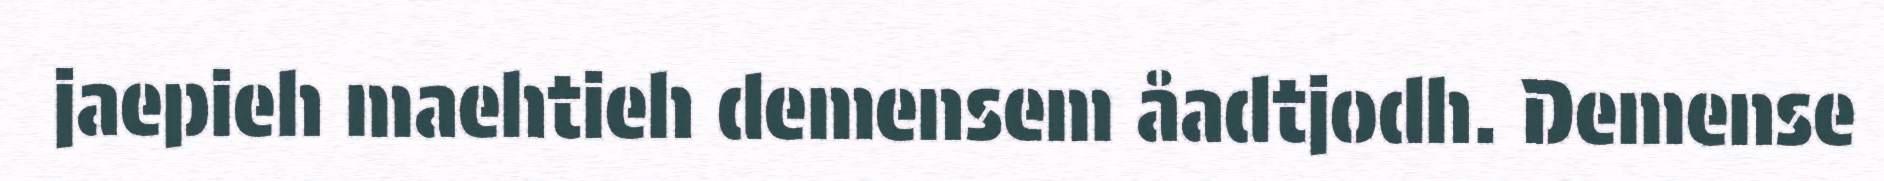
jaepieh maehtieh demensem åadtjodh. Demense